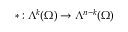
\ast : \Lambda ^ { k } ( \Omega ) \to \Lambda ^ { n - k } ( \Omega )